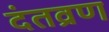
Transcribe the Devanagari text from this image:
दंतव्रण